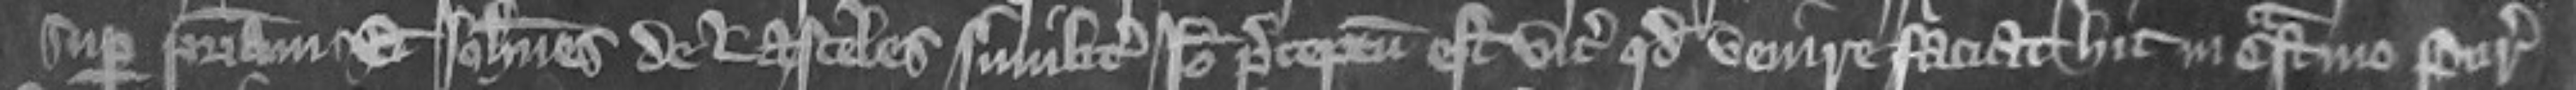
super patriam Et Johannes de Lasceles similiter Ideo preceptum est vicecomiti quod venire faciat hic in crastino Purificationis